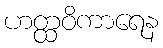
ဟတ္ထဝိကာရေန